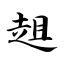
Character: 趄